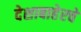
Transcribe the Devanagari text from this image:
देशाबाहेरचे